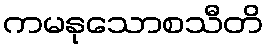
ကမနုသောစသီတိ